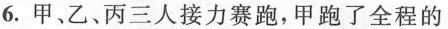
6. 甲、乙、丙三人接力赛跑，甲跑了全程的